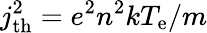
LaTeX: j_{\mathrm{th}}^{2}=e^{2}n^{2}kT_{\mathrm{e}}/m